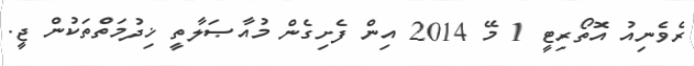
ރެވެނިއު އޮތޯރިޓީ 1 މޭ 2014 އިން ފެށިގެން މުއާޞަލާތީ ޚިދުމަތްތަކުން ޖީ.